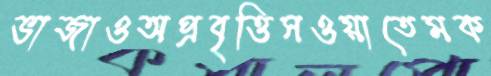
ভাজাওঅপ্রবৃত্তিসওয়াতেমক